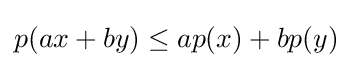
p(ax+by)\leq ap(x)+bp(y)